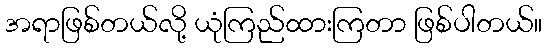
အရာဖြစ်တယ်လို့ ယုံကြည်ထားကြတာ ဖြစ်ပါတယ်။